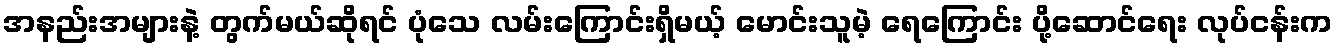
အနည်းအများနဲ့ တွက်မယ်ဆိုရင် ပုံသေ လမ်းကြောင်းရှိမယ့် မောင်းသူမဲ့ ရေကြောင်း ပို့ဆောင်ရေး လုပ်ငန်းက